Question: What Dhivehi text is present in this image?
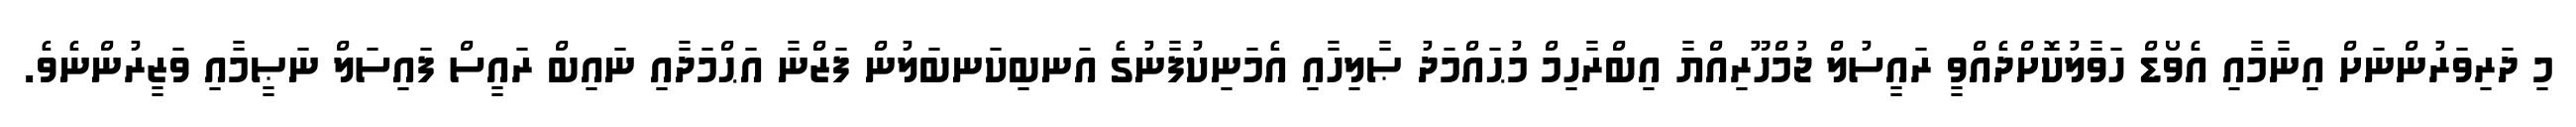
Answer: މި ދަރިވަރުންނަށް އިނާމާއި އެވޯޑް ހަވާލުކޮށްދެއްވީ ރައީސުލް ޖުމްހޫރިއްޔާ އިބްރާހިމް މުޙައްމަދު ޞާލިހާއި އެމަނިކުފާނުގެ އަނބިކަނބަލުން ފަޒްނާ އަޙްމަދާއި ނައިބް ރައީސް ފައިސަލް ނަޞީމާއި ވަޒީރުންނެވެ.